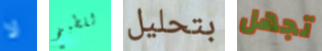
لا للطبخ بتحليل تجهل